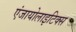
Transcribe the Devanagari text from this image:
एंजायोलाइटिक्स